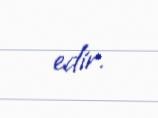
edir.